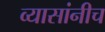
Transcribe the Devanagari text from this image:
व्यासांनीच